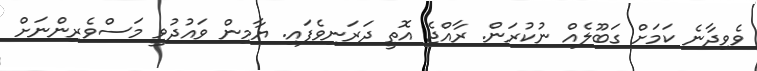
ވެވިދާނެ ކަމަށް ގަބޫލެއް ނުކުރަން. ރާއްޖެ އޮތީ ދަރަނިވެފައި. ޔާމިން ވައުދުވީ މަސްވެރިންނަށް